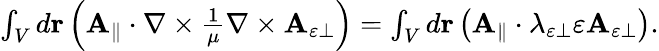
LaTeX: \begin{array}{r}{\int_{V}d\mathbf{r}\left(\mathbf{A}_{\parallel}\cdot\nabla\times\frac{1}{\mu}\nabla\times\mathbf{A}_{\varepsilon\perp}\right)=\int_{V}d\mathbf{r}\left(\mathbf{A}_{\parallel}\cdot\lambda_{\varepsilon\perp}\varepsilon\mathbf{A}_{\varepsilon\perp}\right).}\end{array}